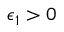
\epsilon _ { 1 } > 0